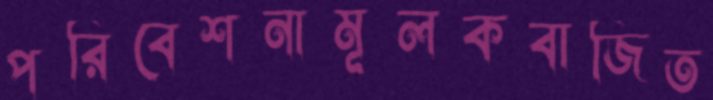
পরিবেশনামূলকবাজিত